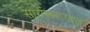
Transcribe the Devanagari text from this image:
सारांशरूपात